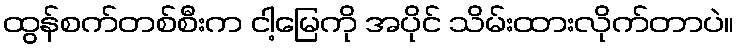
ထွန်စက်တစ်စီးက ငါ့မြေကို အပိုင် သိမ်းထားလိုက်တာပဲ။